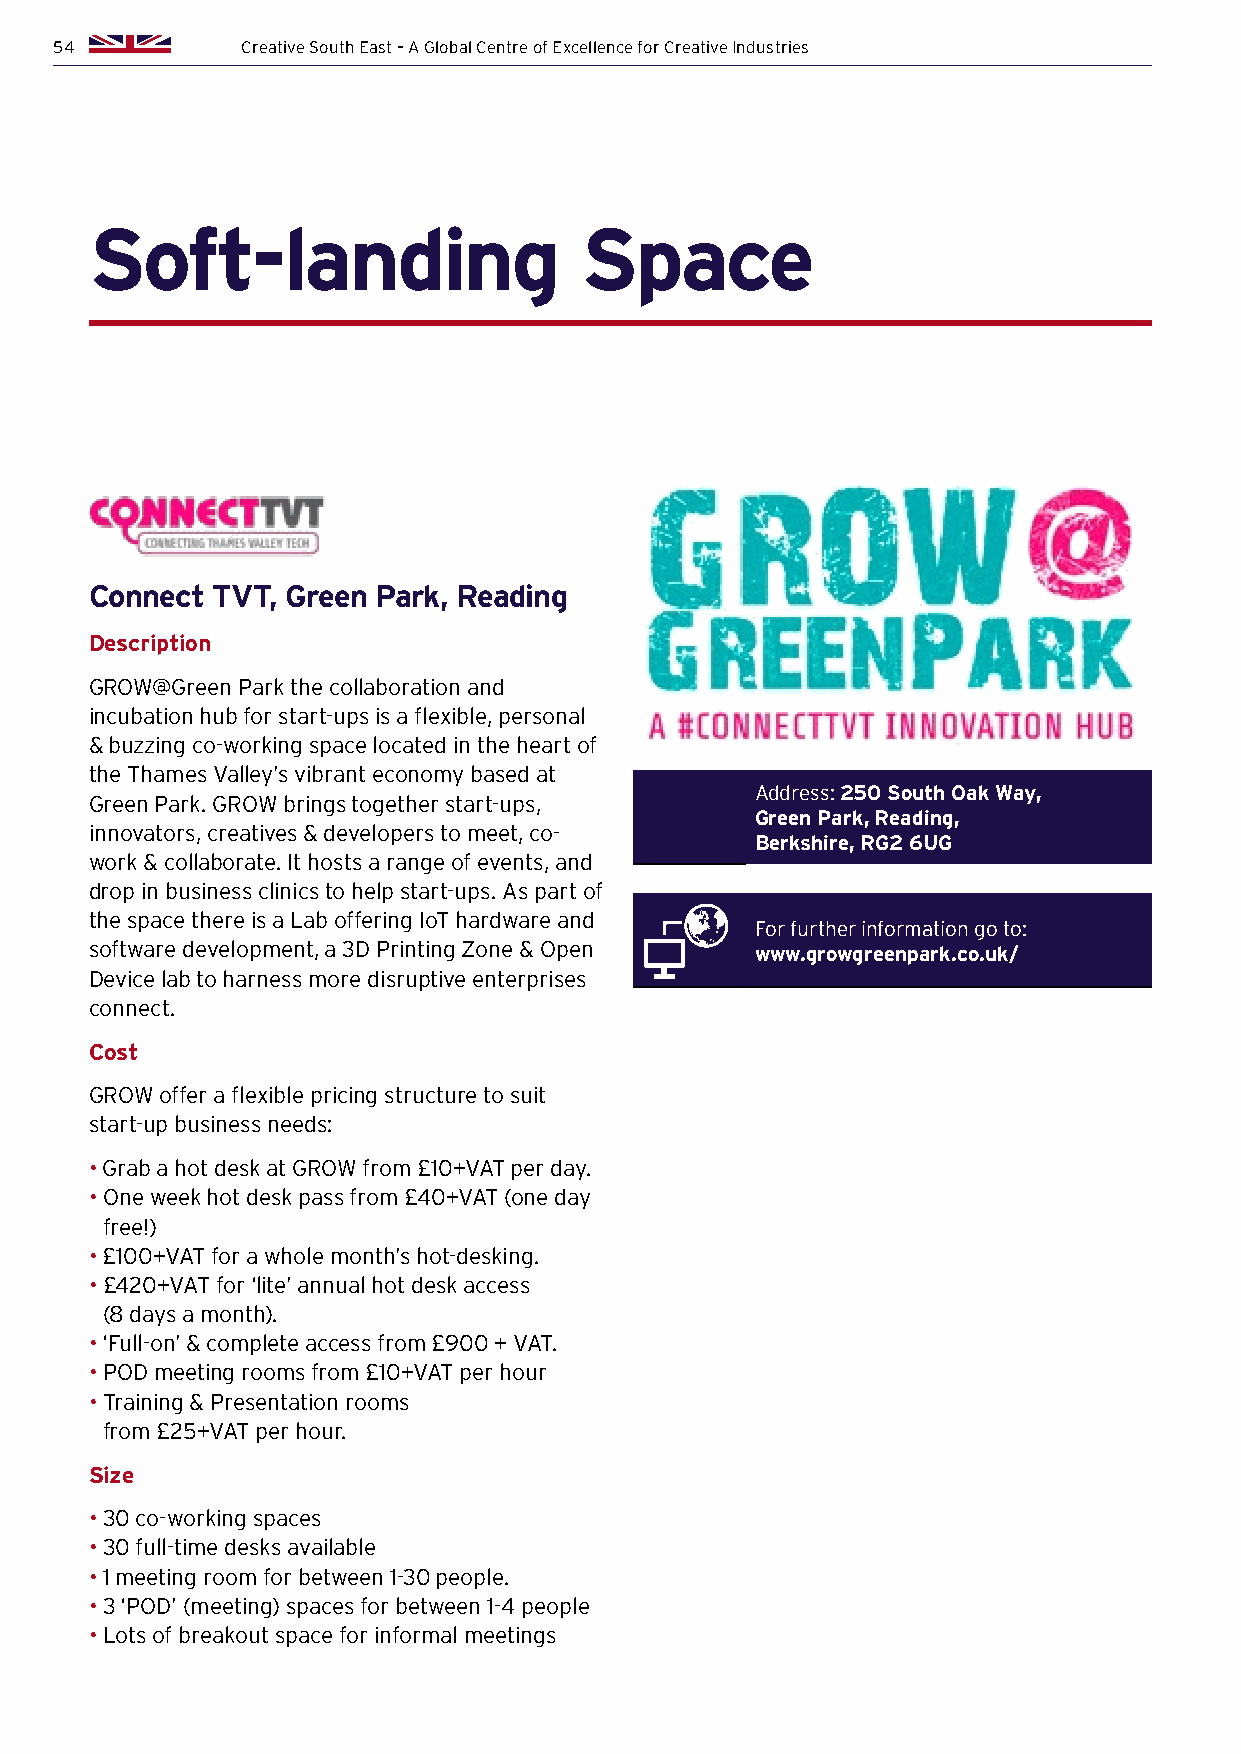
54          Creative South East – A Global Centre of Excellence for Creative Industries
 Soft-landing                    Space
 Connect TVT, Green Park, Reading
 Description
 GROW@Green Park the collaboration and
 incubation hub for start-ups is a flexible, personal
 & buzzing co-working space located in the heart of
 the Thames Valley’s vibrant economy based at
 Address: 250 South Oak Way,
 Green Park. GROW brings together start-ups,
 Green Park, Reading,
 innovators, creatives & developers to meet, co-
 Berkshire, RG2 6UG
 work & collaborate. It hosts a range of events, and
 drop in business clinics to help start-ups. As part of
 the space there is a Lab offering IoT hardware and
 For further information go to:
 software development, a 3D Printing Zone & Open www.growgreenpark.co.uk/
 Device lab to harness more disruptive enterprises
 connect.
 Cost
 GROW offer a flexible pricing structure to suit
 start-up business needs:
 • Grab a hot desk at GROW from £10+VAT per day.
 • O ne week hot desk pass from £40+VAT (one day
 free!)
 • £100+VAT for a whole month’s hot-desking.
 • £ 420+VAT for ‘lite’ annual hot desk access
 (8 days a month).
 • ‘Full-on’ & complete access from £900 + VAT.
 • POD meeting rooms from £10+VAT per hour
 • T raining & Presentation rooms
 from £25+VAT per hour.
 Size
 • 3 0 co-working spaces
 • 3 0 full-time desks available
 • 1 meeting room for between 1-30 people.
 • 3 ‘POD’ (meeting) spaces for between 1-4 people
 • L ots of breakout space for informal meetings